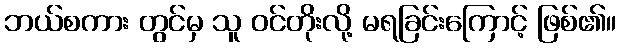
ဘယ်စကား တွင်မှ သူ ဝင်တိုးလို့ မရခြင်းကြောင့် ဖြစ်၏။